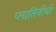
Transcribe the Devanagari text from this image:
प्लातिनीची